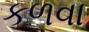
કળવા